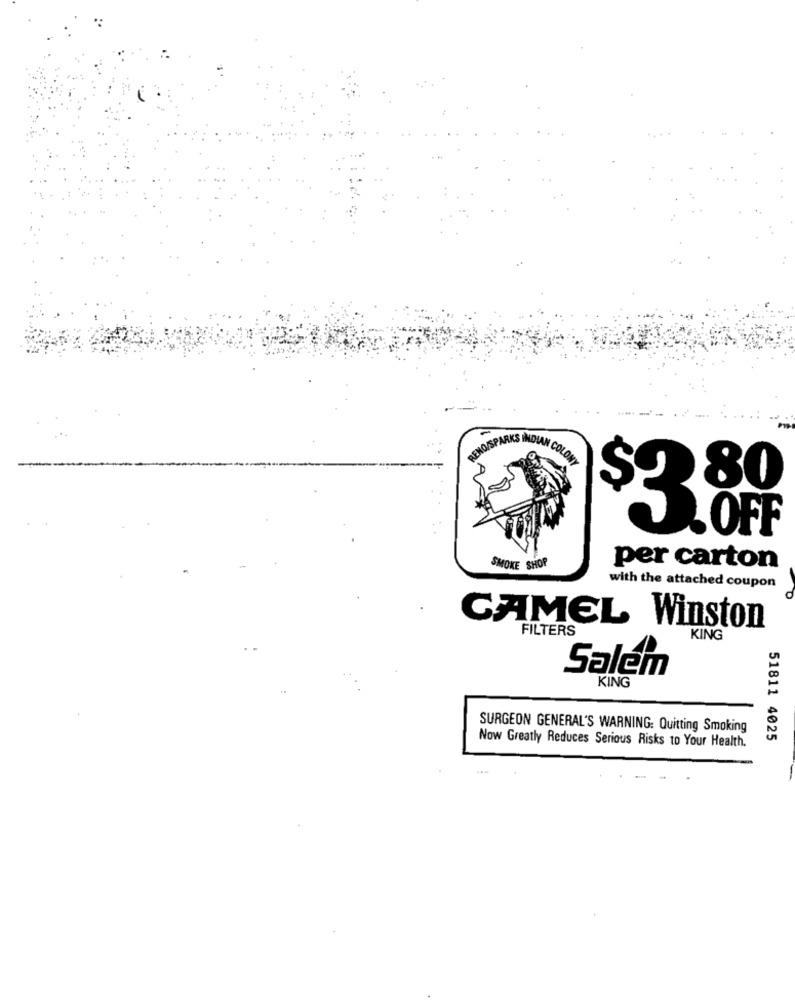
RENO/S
PARKS INDIAN COLONY
80
$3
OFF
SMOKE SHOP
per carton
with the attached coupon
CAMEL Winston
FILTERS
KING
Salem
KING
SURGEON GENERAL'S WARNING: Quitting Smoking
Now Greatly Reduces Serious Risks to Your Health.
51811 4025